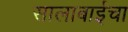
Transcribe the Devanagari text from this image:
सालाबाईचा